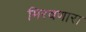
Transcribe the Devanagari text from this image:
मिरवणारा